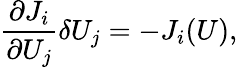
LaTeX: \frac{\partial J_{i}}{\partial U_{j}}\delta U_{j}=-J_{i}(U),